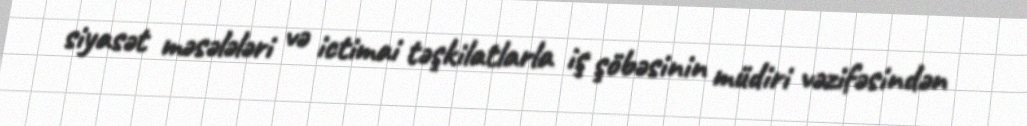
siyasət məsələləri və ictimai təşkilatlarla iş şöbəsinin müdiri vəzifəsindən